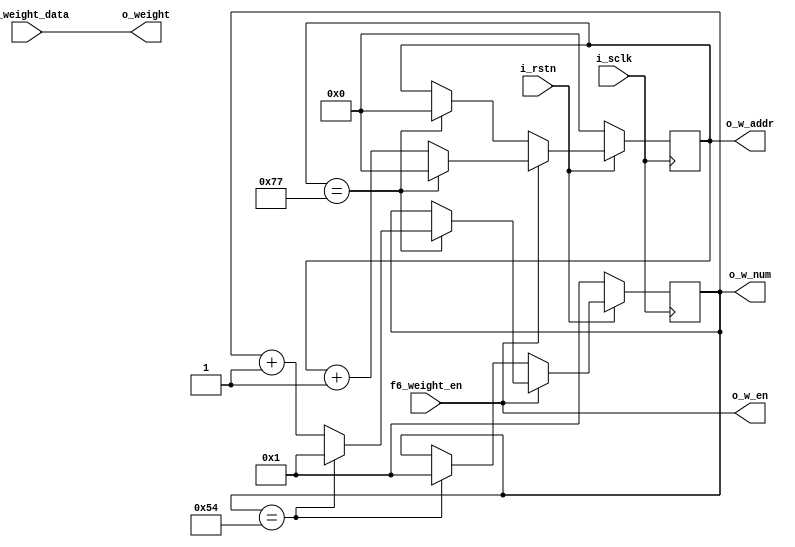
`timescale 1ns / 1ps
//////////////////////////////////////////////////////////////////////////////////
// Company: 
// Engineer: 
// 
// Design Name: 
// Module Name: buffer_f6_weight
// Project Name: 
// Target Devices: 
// Tool Versions: 
// Description: 
// 
// Dependencies: 
// 
// Revision:
// Revision 0.01 - File Created
// Additional Comments:
// 
//////////////////////////////////////////////////////////////////////////////////


module buffer_f6_weight#(
	parameter			WD  = 8,
	parameter			NW  = 120,
	parameter			NUM = 84
)(
	input	wire			i_sclk,
	input	wire			i_rstn,
	
	input   wire[WD-1:0]           f6_weight_data,
        input   wire                  f6_weight_en,
	
	output	wire			o_w_en,
	output	wire[7:0]		o_w_num,
	output	wire[WD-1:0]	        o_weight,
	output	wire[7:0]		o_w_addr
);

//------------------------------------------//
//					PARAM					//
//------------------------------------------//
parameter	PARA_NUM = NW*NUM;
//------------------------------------------//
//					SIGNAL					//
//------------------------------------------//

reg [7:0]		cnt_nw;
reg [7:0]		cnt_num;

//------------------------------------------//
//					CODE					//
//------------------------------------------//

always @(posedge i_sclk)
  if(!i_rstn)
    cnt_nw <= 'd0;
  else
  begin
	if(f6_weight_en)
	begin
		if(cnt_nw==NW-1)	cnt_nw <= 'd0;
		else				cnt_nw <= cnt_nw + 'd1;
	end
	else
	begin
		if(cnt_nw==NW-1)	cnt_nw <= 'd0;
		else				cnt_nw <= cnt_nw;
	end
  end

always @(posedge i_sclk)
  if(!i_rstn)
    cnt_num <= 'd1;
  else
  begin
	if(f6_weight_en)
	begin
		if(cnt_nw==NW-1)
		begin
			if(cnt_num==NUM)	cnt_num <= 'd1;
			else				cnt_num <= cnt_num + 'd1;
		end
	end
	else						
	begin
	  if(cnt_num==NUM)	cnt_num <= 'd1;
	  else				cnt_num <= cnt_num;
	end
  end

assign o_w_en = f6_weight_en;
assign o_w_num = cnt_num;
assign o_weight = f6_weight_data;
assign o_w_addr = cnt_nw;

endmodule